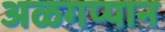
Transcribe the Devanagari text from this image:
अळगप्पान